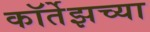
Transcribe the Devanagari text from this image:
कॉर्तेझच्या